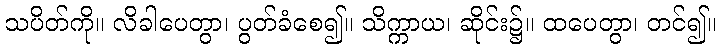
သပိတ်ကို။ လိခါပေတွာ၊ ပွတ်ခံစေ၍။ သိက္ကာယ၊ ဆိုင်း၌။ ထပေတွာ၊ တင်၍။